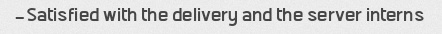
Satisfied with the delivery and the server interns-